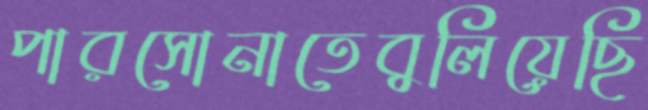
পারসোনাতেবুলিয়েছি